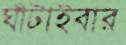
ঘাঁটাইবার